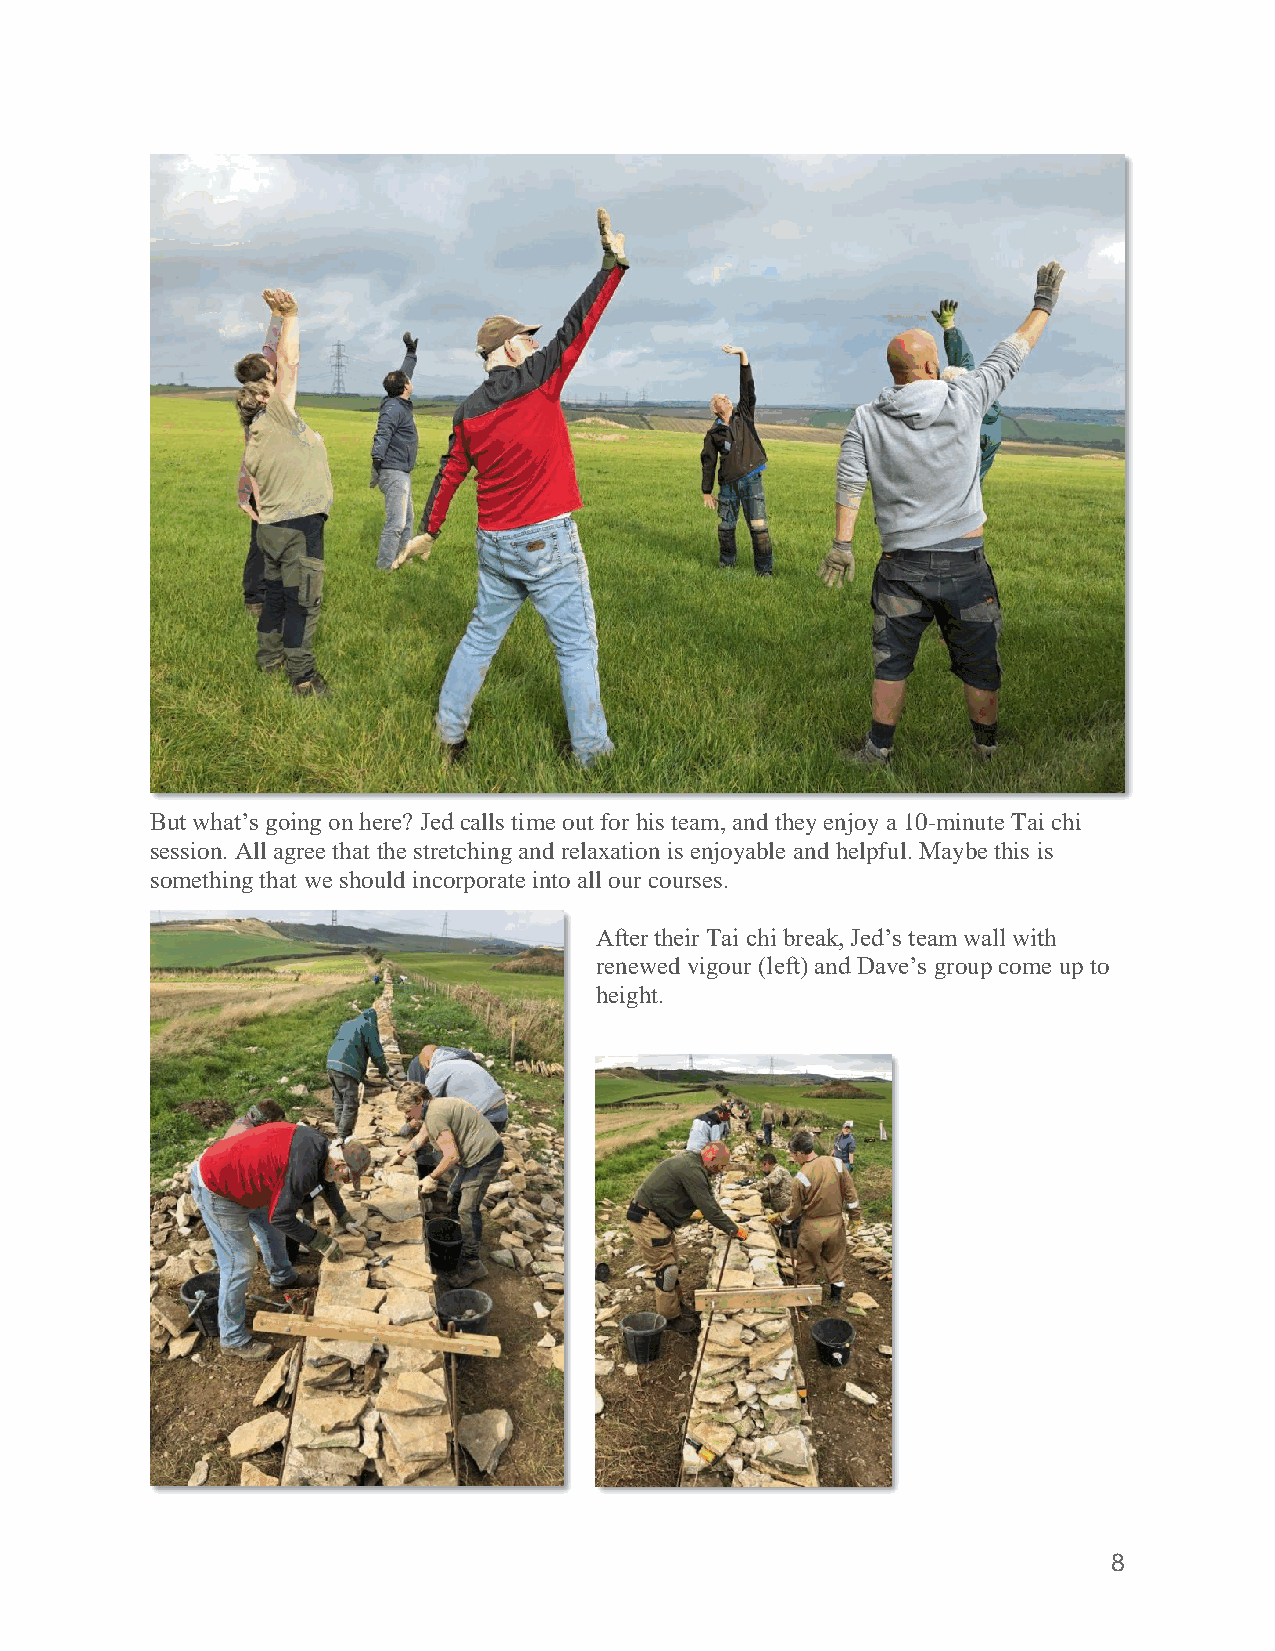
But what’s going on here? Jed calls time out for his team, and they enjoy a 10-minute Tai chi
 session. All agree that the stretching and relaxation is enjoyable and helpful. Maybe this is
 something that we should incorporate into all our courses.
 After their Tai chi break, Jed’s team wall with
 renewed vigour (left) and Dave’s group come up to
 height.
 8